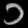
Digit: ၁